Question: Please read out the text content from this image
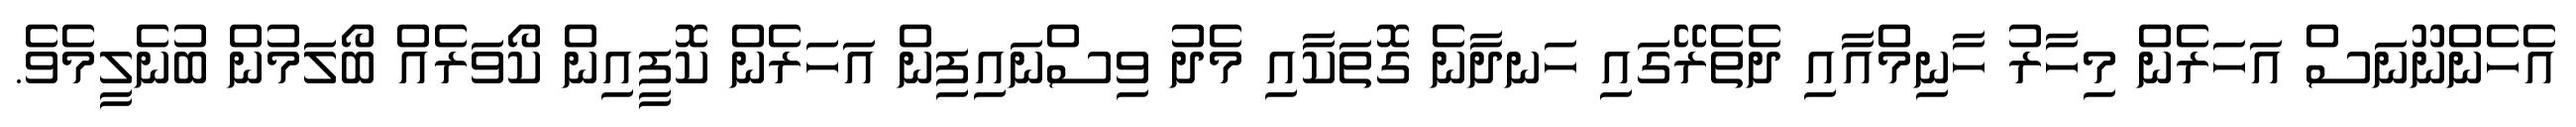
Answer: އެހެންނޫނަސް އަހަރެން މިހާރު ހާނިމްއާއި ދެތެރޭގައި ހަނދާނެ ގޮތަކާއި މެދު ވިސްނައިފިން އަހަރެން ކޮފީއިން ކޯވަރެއް ބޯލަމުން ބުނެލީމެވެ.